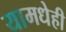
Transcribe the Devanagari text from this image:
यामधेही